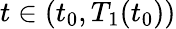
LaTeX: t\in(t_{0},T_{1}(t_{0}))